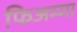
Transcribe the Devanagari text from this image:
फिअम्मा